Civil Veterinary Department Bengal reports 1923-33 - 1923-1933
Year: 1923
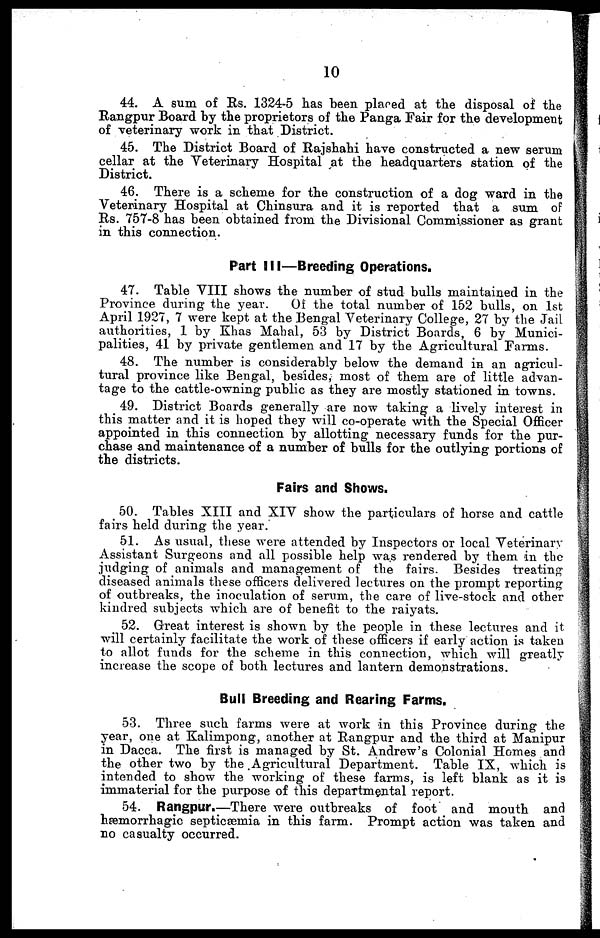
10
44. A sum of Rs. 1324-5 has been placed at the disposal of the
Rangpur Board by the proprietors of the Panga Fair for the development
of veterinary work in that District.
45. The District Board of Rajshahi have constructed a new serum
cellar at the Veterinary Hospital at the headquarters station of the
District.
46. There is a scheme for the construction of a dog ward in the
Veterinary Hospital at Chinsura and it is reported that a sum of
Rs. 757-8 has been obtained from the Divisional Commissioner as grant
in this connection.
Part III—Breeding Operations.
47. Table VIII shows the number of stud bulls maintained in the
Province during the year. Of the total number of 152 bulls, on 1st
April 1927, 7 were kept at the Bengal Veterinary College, 27 by the Jail
authorities, 1 by Khas Mahal, 53 by District Boards, 6 by Munici-
palities, 41 by private gentlemen and 17 by the Agricultural Farms.
48. The number is considerably below the demand in an agricul-
tural province like Bengal, besides, most of them are of little advan-
tage to the cattle-owning public as they are mostly stationed in towns.
49. District Boards generally are now taking a lively interest in
this matter and it is hoped they will co-operate with the Special Officer
appointed in this connection by allotting necessary funds for the pur-
chase and maintenance of a number of bulls for the outlying portions of
the districts.
Fairs and Shows.
50. Tables XIII and XIV show the particulars of horse and cattle
fairs held during the year.
51. As usual, these were attended by Inspectors or local Veterinary
Assistant Surgeons and all possible help was rendered by them in the
judging of animals and management of the fairs. Besides treating
diseased animals these officers delivered lectures on the prompt reporting
of outbreaks, the inoculation of serum, the care of live-stock and other
kindred subjects which are of benefit to the raiyats.
52. Great interest is shown by the people in these lectures and it
will certainly facilitate the work of these officers if early action is taken
to allot funds for the scheme in this connection, which will greatly
increase the scope of both lectures and lantern demonstrations.
Bull Breeding and Rearing Farms.
53. Three such farms were at work in this Province during the
year, one at Kalimpong, another at Rangpur and the third at Manipur
in Dacca. The first is managed by St. Andrew's Colonial Homes and
the other two by the Agricultural Department. Table IX, which is
intended to show the working of these farms, is left blank as it is
immaterial for the purpose of this departmental report.
54. Rangpur.—There were outbreaks of foot and mouth and
hæmorrhagic septicæmia in this farm. Prompt action was taken and
no casualty occurred.